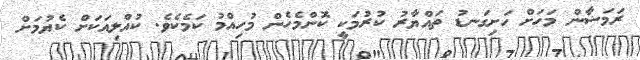
ރަމަޟާން މަހަށް ހަށިގަނޑު ތައްޔާރު ކުރުމަކީ ކޮންމެހެން މުހިއްމު ކަމެކެވެ. ކުއްލިއަކަށް ކެޔުމަށް